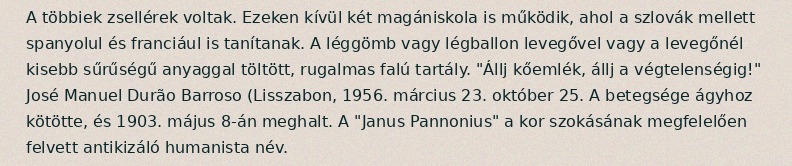
A többiek zsellérek voltak. Ezeken kívül két magániskola is működik, ahol a szlovák mellett spanyolul és franciául is tanítanak. A léggömb vagy légballon levegővel vagy a levegőnél kisebb sűrűségű anyaggal töltött, rugalmas falú tartály. "Állj kőemlék, állj a végtelenségig!" José Manuel Durão Barroso (Lisszabon, 1956. március 23. október 25. A betegsége ágyhoz kötötte, és 1903. május 8-án meghalt. A "Janus Pannonius" a kor szokásának megfelelően felvett antikizáló humanista név.